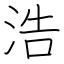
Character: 浩